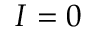
I = 0